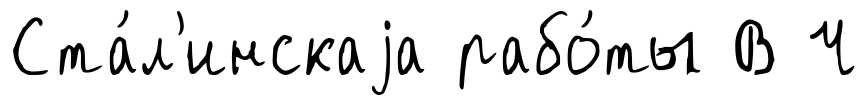
Ста́л'инскаjа рабо́ты В Ч